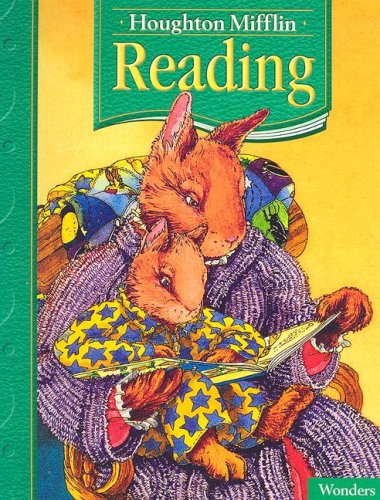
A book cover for Houghton Mifflin Reading: Student Edition Grade 1.5 Wonders 2005; HOUGHTON MIFFLIN; Children's Books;